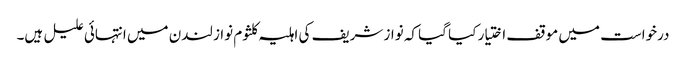
درخواست میں موقف اختیار کیا گیا کہ نواز شریف کی اہلیہ کلثوم نواز لندن میں انتہائی علیل ہیں۔